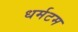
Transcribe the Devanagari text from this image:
धर्मटम